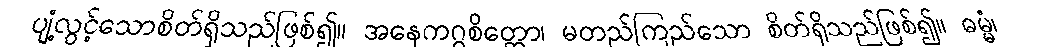
ပျံ့လွင့်သောစိတ်ရှိသည်ဖြစ်၍။ အနေကဂ္ဂစိတ္တော၊ မတည်ကြည်သော စိတ်ရှိသည်ဖြစ်၍။ ဓမ္မံ၊